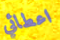
اعطائي